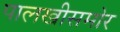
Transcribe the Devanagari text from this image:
पालखीसमोर